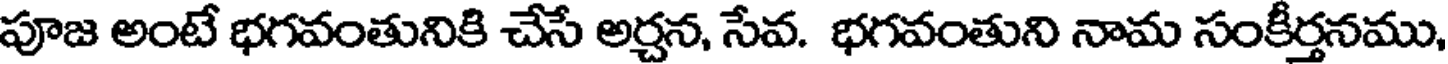
పూజ అంటే భగవంతునికి చేసే అర్చన, సేవ. భగవంతుని నామ సంకీర్తనము